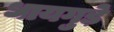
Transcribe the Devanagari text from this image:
धायगुड़े